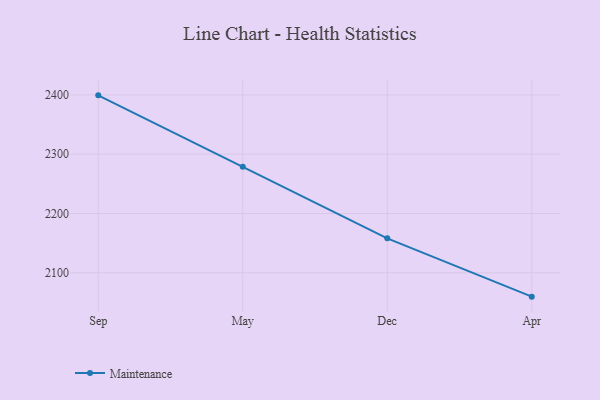
{"axis": {"x": "Month", "y": "Humidity (%)"}, "legend": ["Maintenance"], "data": [{"x": "Sep", "y": 2399.2, "type": "Maintenance"}, {"x": "May", "y": 2278.8, "type": "Maintenance"}, {"x": "Dec", "y": 2158.0, "type": "Maintenance"}, {"x": "Apr", "y": 2059.7, "type": "Maintenance"}]}